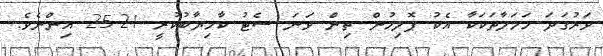
ވަރުގަދަ ހަމަލާތަކަކާ އެކު ޕޮލިހުން ތިން ވަނަ ސެޓު ކާމިޔާބުކުރީ 21-25 އިންނެވެ.